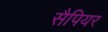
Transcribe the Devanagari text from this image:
सैपियर